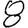
Digit: 8